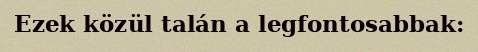
Ezek közül talán a legfontosabbak: